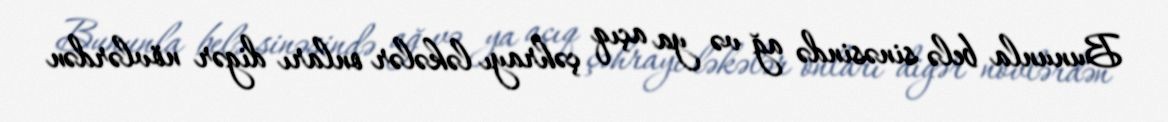
Bununla belə sinəsində ağ və ya açıq çəhrayı ləkələr onları digər növlərdən